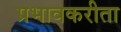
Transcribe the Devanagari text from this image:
प्रभावकरीता